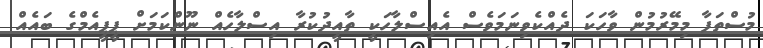
މުސްތަފާ މިމޭރުމުން ވާހަކަ ދެއްކެވިނަމަވެސް އެއިސްލާހަކީ ތާއީދުކުރާ އިސްލާހެއް ނޫންކަމަށް ޕީޕީއެމްގެ ބައެއް